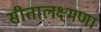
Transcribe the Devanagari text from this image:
सीतालक्ष्मणा